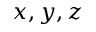
x , y , z